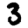
Digit: 3